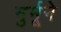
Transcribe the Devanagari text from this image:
मुर्मूने